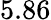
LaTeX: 5.86